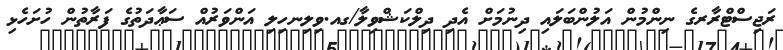
ރަޖިސްޓްރާރގެ ނިންމުން އަލުންބަލައި ދިނުމަށް އެދި ދިލްކަޝްވިލާ/ގއ.ވިލިނހިލި އަންވަރުއް ސަޢާދަތުގެ ފަރާތުން ހުށަހެޅި